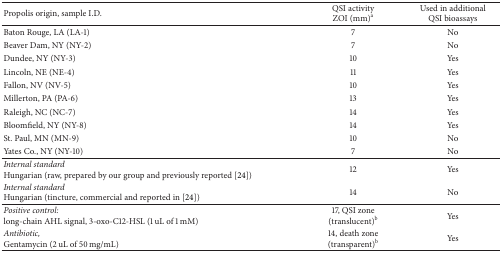
<table><thead><tr><td><b>Propolis origin, sample I.D.</b></td><td><b>QSI activity ZOI (mm)<sup>a</sup></b></td><td><b>Used in additional QSI bioassays</b></td></tr></thead><tbody><tr><td>Baton Rouge, LA (LA-1)</td><td>7</td><td>No</td></tr><tr><td>Beaver Dam, NY (NY-2)</td><td>7</td><td>No</td></tr><tr><td>Dundee, NY (NY-3)</td><td>10</td><td>Yes</td></tr><tr><td>Lincoln, NE (NE-4)</td><td>11</td><td>Yes</td></tr><tr><td>Fallon, NV (NV-5)</td><td>10</td><td>Yes</td></tr><tr><td>Millerton, PA (PA-6)</td><td>13</td><td>Yes</td></tr><tr><td>Raleigh, NC (NC-7)</td><td>14</td><td>Yes</td></tr><tr><td>Bloomfield, NY (NY-8)</td><td>14</td><td>Yes</td></tr><tr><td>St. Paul, MN (MN-9)</td><td>10</td><td>No</td></tr><tr><td>Yates Co., NY (NY-10)</td><td>7</td><td>No</td></tr><tr><td><i>Internal standard</i> Hungarian (raw, prepared by our group and previously reported [24])</td><td>12</td><td>Yes</td></tr><tr><td><i>Internal standard</i> Hungarian (tincture, commercial and reported in [24])</td><td>14</td><td>No</td></tr><tr><td><i>Positive control:</i>long-chain AHL signal, 3-oxo-C12-HSL (1 uL of 1 mM)</td><td>17, QSI zone (translucent)<sup>b</sup></td><td>Yes</td></tr><tr><td><i>Antibiotic,</i>Gentamycin (2 uL of 50 mg/mL)</td><td>14, death zone (transparent)<sup>b</sup></td><td>Yes</td></tr></tbody></table>